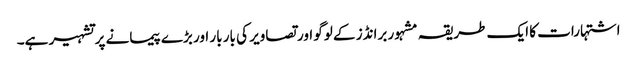
اشتہارات کا ایک طریقہ مشہور برانڈز کے لوگو اور تصاویر کی بار بار اور بڑے پیمانے پر تشہیر ہے۔